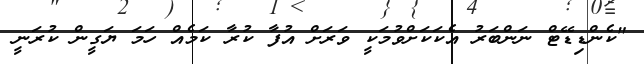
"ކެންޑިޑޭޓް ނަންބަރު އެކަކަށްވުމަކީ ވަރަށް އުފާ ކުރާ ކަމެއް ހަމަ ޔަގީން ކުރަނީ